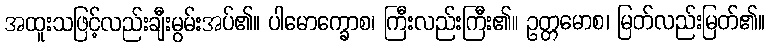
အထူးသဖြင့်လည်းချီးမွမ်းအပ်၏။ ပါမောက္ခောစ၊ ကြီးလည်းကြီး၏။ ဥတ္တမောစ၊ မြတ်လည်းမြတ်၏။